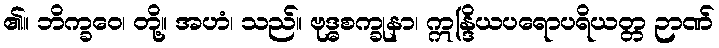
၏။ ဘိက္ခဝေ၊ တို့။ အဟံ၊ သည်။ ဗုဒ္ဓစက္ခုနာ၊ ဣန္ဒြိယပရောပရိယတ္တ ဉာဏ်